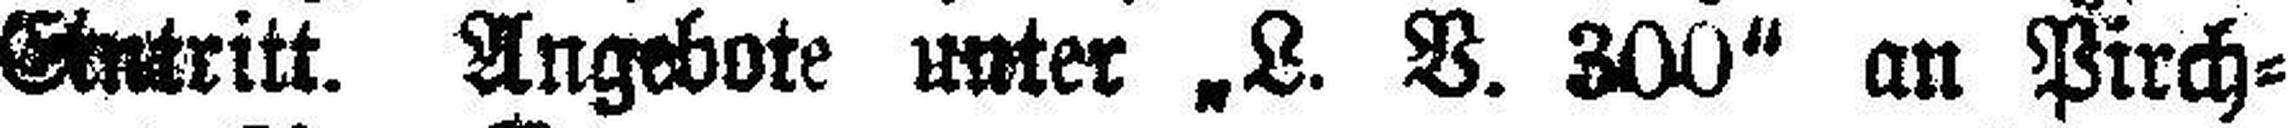
Eintritt. Angebote unter „L. V. 300“ an Pirch¬